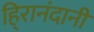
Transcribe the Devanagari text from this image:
हि्रानंदानी